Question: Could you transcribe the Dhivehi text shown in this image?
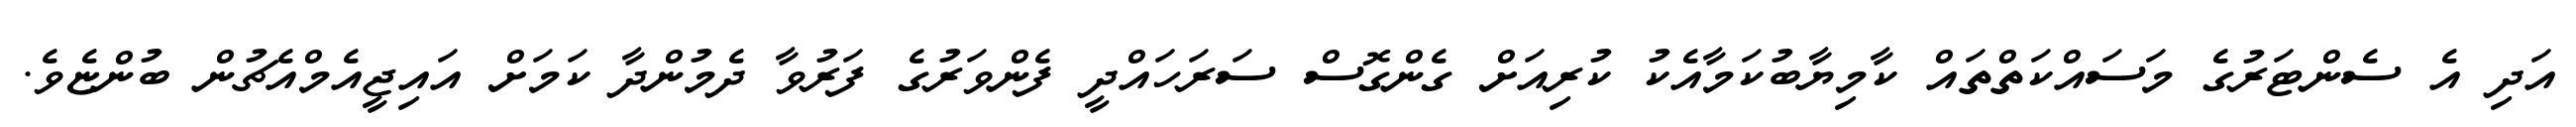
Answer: އަދި އެ ސެންޓަރުގެ މަސައްކަތްތައް ކާމިޔާބުކަމާއެކު ކުރިއަށް ގެންގޮސް ސަރަހައްދީ ފެންވަރުގެ ފަރުވާ ދެމުންދާ ކަމަށް އައިޖީއެމްއެޗުން ބުންޏެވެ.